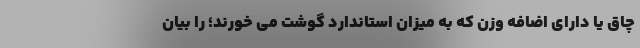
چاق یا دارای اضافه وزن که به میزان استاندارد گوشت می خورند؛ را بیان